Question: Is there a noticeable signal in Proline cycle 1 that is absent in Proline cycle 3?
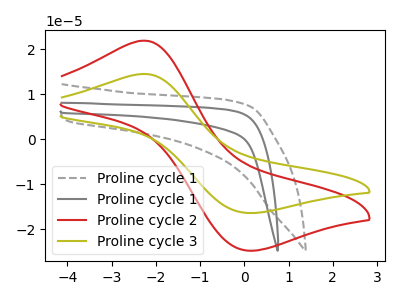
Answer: <think>The gray dashed curve "Proline cycle 1" has no peaks. The gray curve "Proline cycle 1" has no peaks. The red curve "Proline cycle 2" has an anodic peak at (-2.25V, 21.90uA) and a cathodic peak at (0.05V, -24.70uA). The olive curve "Proline cycle 3" has an anodic peak at (-2.25V, 14.50uA) and a cathodic peak at (0.05V, -16.35uA).
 "Proline cycle 1" and "Proline cycle 3" have a different number of peaks.</think>
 <answer>Yes, "Proline cycle 1" and "Proline cycle 3" are different in shape.</answer>
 <eval>yes_change</eval>